Report on the bubonic plague in Bombay, 1896-1897
Year: 1896
Disease focus: Plague
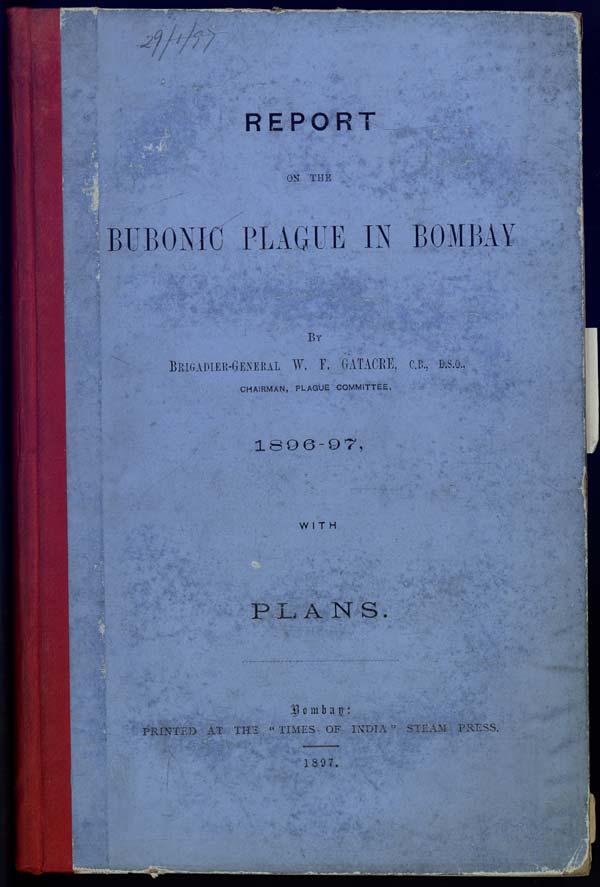
REPORT
ON THE
BUBONIC PLAGUE IN BOMBAY
BY
BRIGADIER-GENERAL W. F. GATACRE, C.B., D.S.O.,
CHAIRMAN, PLAGUE COMMITTEE,
1896-97,
WITH
PLANS.
Bombay:
PRINTED AT THE "TIMES OF INDIA" STEAM PRESS.
1897.